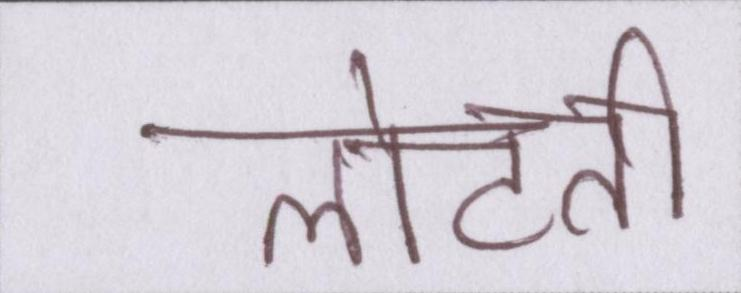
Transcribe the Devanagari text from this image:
लौटती